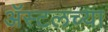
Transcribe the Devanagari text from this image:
ॲस्टलच्या